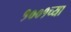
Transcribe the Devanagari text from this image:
१००१च्या